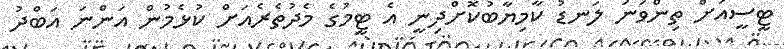
ޓީސީއަށް ތިންވަނަ ލަނޑު ކާމިޔާބުކޮށްދިނީ އެ ޓީމުގެ މެދުތެރެއަށް ކުޅެމުން އަންނަ އަބްދު